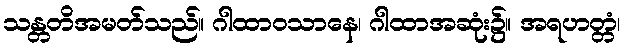
သန္တတိအမတ်သည်။ ဂါထာဝသာနေ၊ ဂါထာအဆုံး၌။ အရဟတ္တံ၊